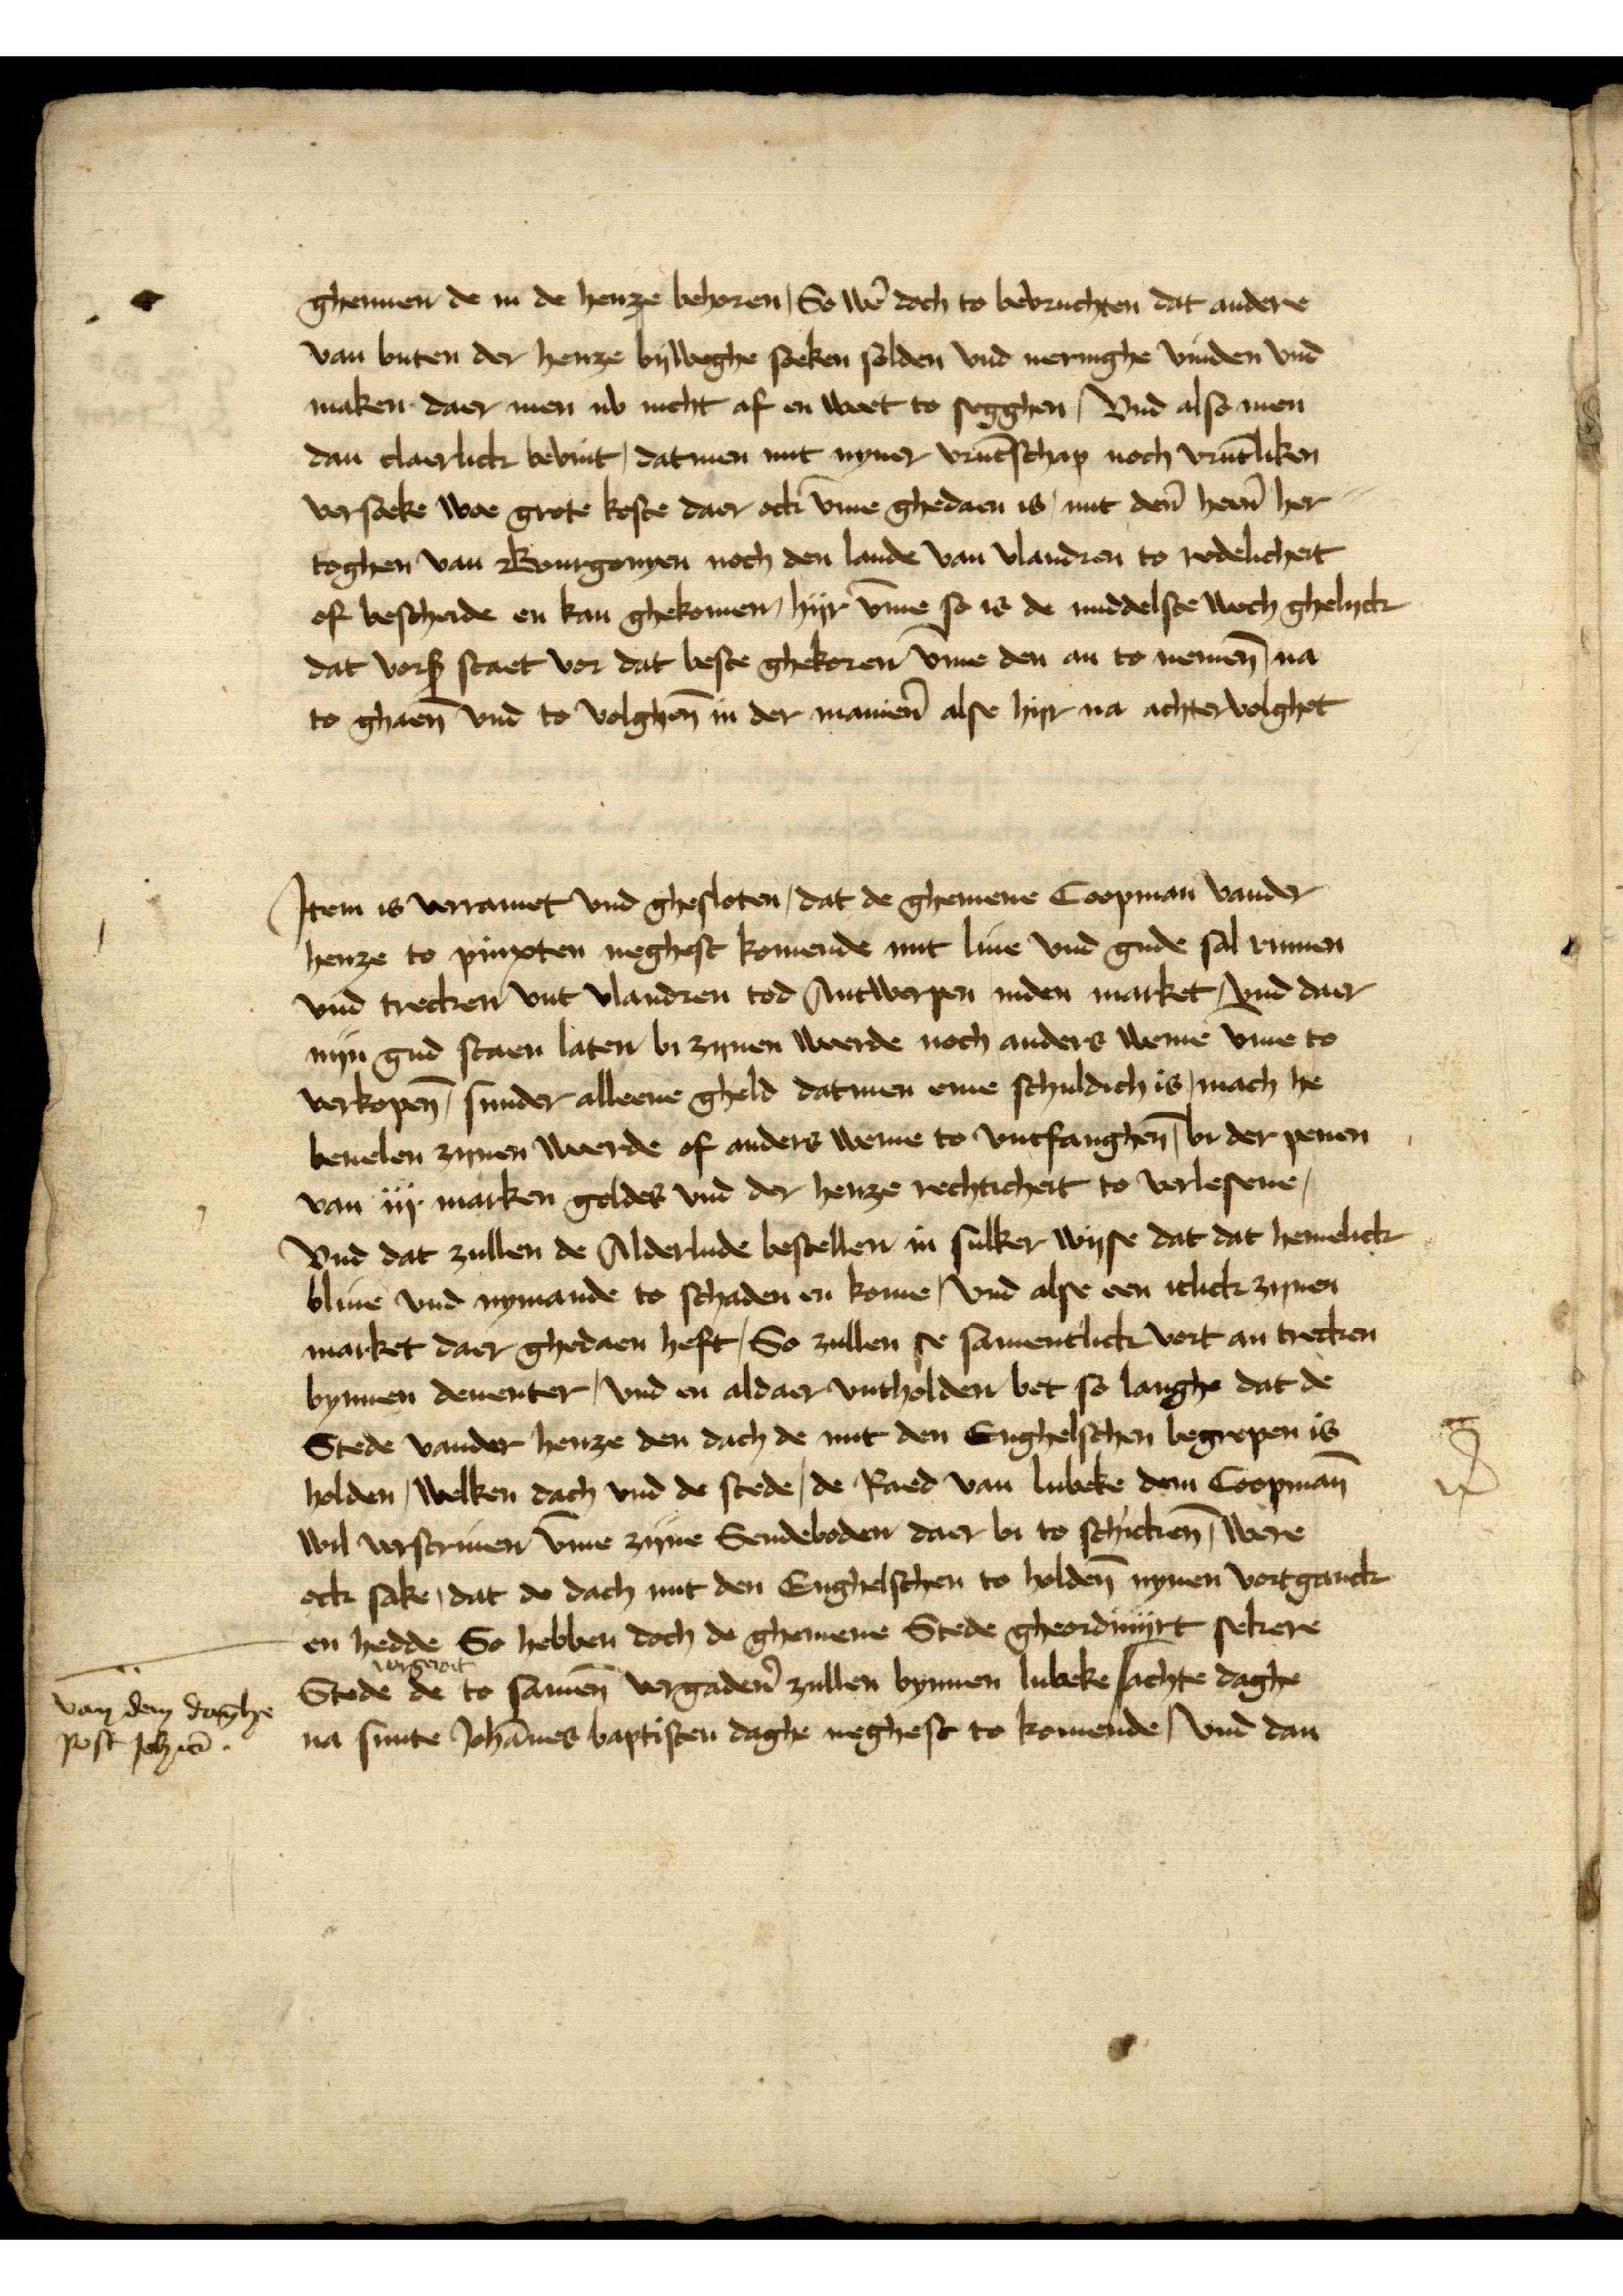
ghennen de in de henze behoren, So wẻ doch to bevruchten dat andere
van buten der henze byweghe soeken solden vnd neringhe vinden vnd
maken daer men nv nicht af en weet to segghen Vnd also men
dan claerlick bevint, datmen mit nyner vrūntscap noch vrūntliken
versoeke woe grote koste daer ock v̄me ghedaen is, mit den̄ heẻn her¬
toghen van Bourgonyen noch den lande van Vlandren to redelicheit
of bescheide en kan ghekomen, hyr v̄me so is de middelste wech ghelyck
dat vorß staet vor dat beste ghekoren v̄me den an to nemen̄ na
to ghaen̄ vnd to volghen̄ in der maniẻn alse hyr na achtervolghet

Jtem is vorramet vnd ghesloten, dat de ghemene Coopman vander
henze to pinxten neghest komende mit liue vnd gude sal rumen
vnd trecken vut Vlandren tor Antwerpen, inden market, vnd daer
nijn gud staen laten bi zynen weerde noch anders weme v̄me to
verkopen̄, sunder alleene gheld datmen eme schuldich is, mach he
beuelen zynen werde of anders weme to vntfanghen̄, bi der penen
van iij marken goldes vnd der henze rechtichet to verlesene,
vnd dat zullen de Aderlude bestellen in suker wyse dat dat hemelick
bliuē vnd nymande to schaden en kome, vnd alse een iclick zynen
market daer ghedaen heft, So zullen se samentlick vort an trecken
bynnen Deuenter, vnd en aldaer vntholden bet so langhe dat de
Stede vander henze den dach de mit den Enghelschen begrepen is
holden, welken dach vnd de stede, de Raed van Lubeke dem Coopman
wil verscriuen v̄me zijne Sendeboden daer bi to schicken̄, were
ock sake, dat de dach mit den Enghelschen to holden̄ nynen vortganck
en hedde So hebben doch de ghemene Stede geordinijrt sekere
vorgerort
Stede de to samen̄ vorgadẻn zullen bynnen Lubeke | achte daghe
na sunte Johānes baptisten daghe neghest to komende, vnd dan

van dem daghe
post Johm̄

n̉